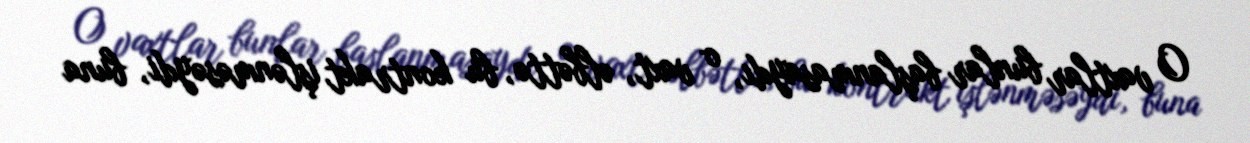
O vaxtlar bunlar başlanmasaydı, o vaxt, əlbəttə, bu kontrakt işlənməsəydi, buna